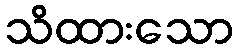
သိထားသော